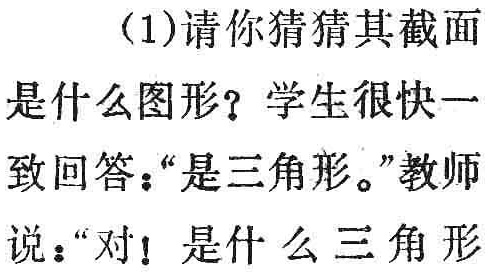
（1)请你猜猜其截面

是什么图形？学生很快一

致回答：“是三角形。”教师

说：“对！是什么三角形